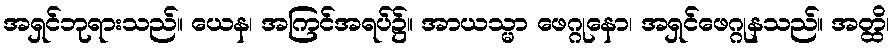
အရှင်ဘုရားသည်။ ယေန၊ အကြင်အရပ်၌။ အာယသ္မာ ဖေဂ္ဂုနော၊ အရှင်ဖေဂ္ဂုနသည်။ အတ္ထိ၊